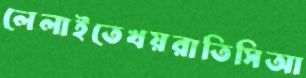
লেলাইতেখয়রাতিসিআ